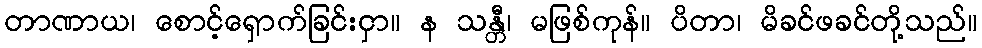
တာဏာယ၊ စောင့်ရှောက်ခြင်းငှာ။ န သန္တီ၊ မဖြစ်ကုန်။ ပိတာ၊ မိခင်ဖခင်တို့သည်။